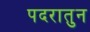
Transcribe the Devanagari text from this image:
पदरातुन